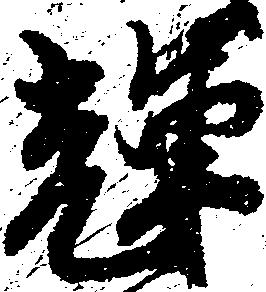
輝